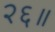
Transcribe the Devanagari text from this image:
२६॥